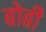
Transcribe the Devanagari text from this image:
बोबी